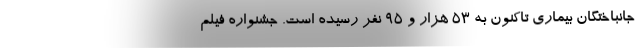
جانباختگان بیماری تاکنون به ۵۳ هزار و ۹۵ نفر رسیده است. جشنواره فیلم